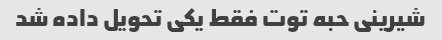
شیرینی حبه توت فقط یکی تحویل داده شد